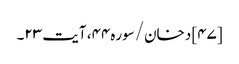
[۴۷] دخان/سوره۴۴، آیت ۲۳۔